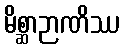
မိစ္ဆာဉာဏိဿ